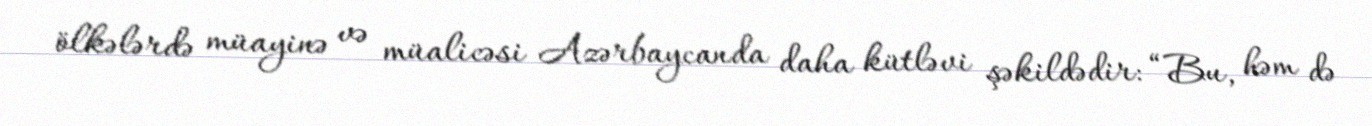
ölkələrdə müayinə və müalicəsi Azərbaycanda daha kütləvi şəkildədir: “Bu, həm də